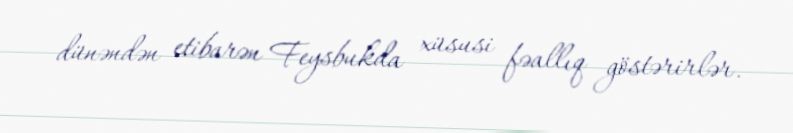
dünəndən etibarən Feysbukda xüsusi fəallıq göstərirlər.